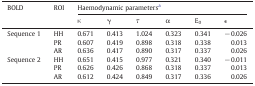
| BOLD | ROI | <COLSPAN=6> Haemodynamic parametersa |
 | κ | γ | τ | α | E0 | ε |
 | --- | --- | --- | --- | --- | --- | --- | --- |
 | Sequence 1 | HH | 0.671 | 0.413 | 1.024 | 0.323 | 0.341 | − 0.026 |
 | PR | 0.607 | 0.419 | 0.898 | 0.318 | 0.338 | 0.013 |
 | AR | 0.636 | 0.417 | 0.890 | 0.317 | 0.337 | 0.026 |
 | Sequence 2 | HH | 0.651 | 0.415 | 0.977 | 0.321 | 0.340 | − 0.011 |
 | PR | 0.626 | 0.426 | 0.868 | 0.318 | 0.337 | 0.013 |
 | AR | 0.612 | 0.424 | 0.849 | 0.317 | 0.336 | 0.026 |